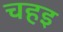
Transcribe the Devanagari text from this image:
चहइ